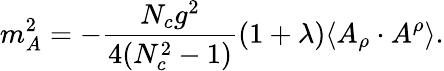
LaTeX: m_{A}^{2}=-\frac{N_{c}g^{2}}{4(N_{c}^{2}-1)}(1+\lambda)\langle A_{\rho}\cdot A^{\rho}\rangle.